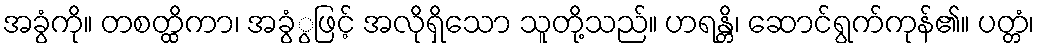
အခွံကို။ တစတ္ထိကာ၊ အခွံွဖြင့် အလိုရှိသော သူတို့သည်။ ဟရန္တိ၊ ဆောင်ရွက်ကုန်၏။ ပတ္တံ၊